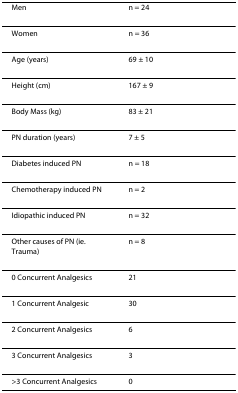
<table><thead><tr><td><b>Men</b></td><td><b>n = 24</b></td></tr></thead><tbody><tr><td>Women</td><td>n = 36</td></tr><tr><td>Age (years)</td><td>69 ± 10</td></tr><tr><td>Height (cm)</td><td>167 ± 9</td></tr><tr><td>Body Mass (kg)</td><td>83 ± 21</td></tr><tr><td>PN duration (years)</td><td>7 ± 5</td></tr><tr><td>Diabetes induced PN</td><td>n = 18</td></tr><tr><td>Chemotherapy induced PN</td><td>n = 2</td></tr><tr><td>Idiopathic induced PN</td><td>n = 32</td></tr><tr><td>Other causes of PN (ie. Trauma)</td><td>n = 8</td></tr><tr><td>0 Concurrent Analgesics</td><td>21</td></tr><tr><td>1 Concurrent Analgesic</td><td>30</td></tr><tr><td>2 Concurrent Analgesics</td><td>6</td></tr><tr><td>3 Concurrent Analgesics</td><td>3</td></tr><tr><td>&gt;3 Concurrent Analgesics</td><td>0</td></tr></tbody></table>